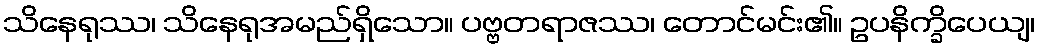
သိနေရုဿ၊ သိနေရုအမည်ရှိသော။ ပဗ္ဗတရာဇဿ၊ တောင်မင်း၏။ ဥပနိက္ခိပေယျ၊